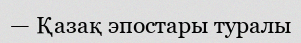
— Қазақ эпостары туралы